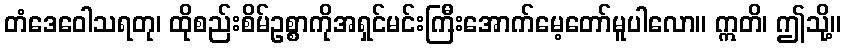
တံဒေဝေါသရတု၊ ထိုစည်းစိမ်ဥစ္စာကိုအရှင်မင်းကြီးအောက်မေ့တော်မူပါလော။ ဣတိ၊ ဤသို့။